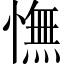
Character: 憮